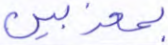
بمعذبين